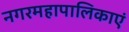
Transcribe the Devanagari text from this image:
नगरमहापालिकाएं